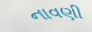
નાવણી